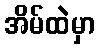
အိမ်ထဲမှာ